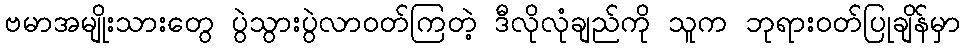
ဗမာအမျိုးသားတွေ ပွဲသွားပွဲလာဝတ်ကြတဲ့ ဒီလိုလုံချည်ကို သူက ဘုရားဝတ်ပြုချိန်မှာ